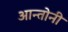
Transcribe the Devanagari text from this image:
आन्तोनी